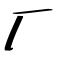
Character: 厂